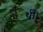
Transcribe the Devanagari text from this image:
थीँ।